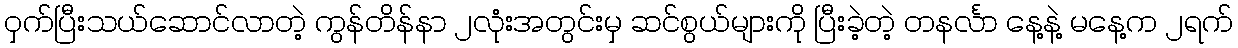
ဝှက်ပြီးသယ်ဆောင်လာတဲ့ ကွန်တိန်နာ ၂လုံးအတွင်းမှ ဆင်စွယ်များကို ပြီးခဲ့တဲ့ တနင်္လာ နေ့နဲ့ မနေ့က ၂ရက်